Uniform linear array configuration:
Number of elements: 4
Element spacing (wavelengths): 0.75
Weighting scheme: binomial
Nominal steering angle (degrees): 30
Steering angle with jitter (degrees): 31.172
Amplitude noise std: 0.05
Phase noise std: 0.05

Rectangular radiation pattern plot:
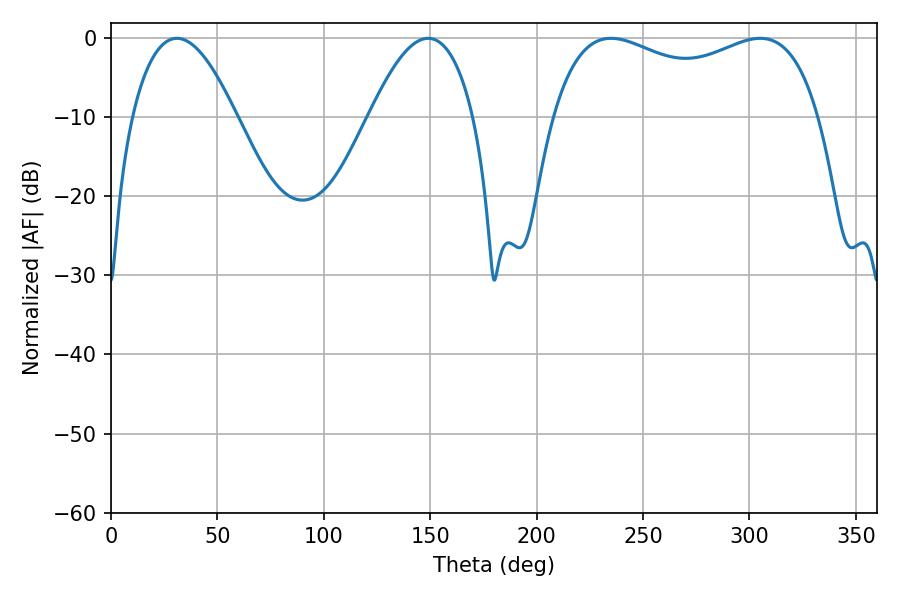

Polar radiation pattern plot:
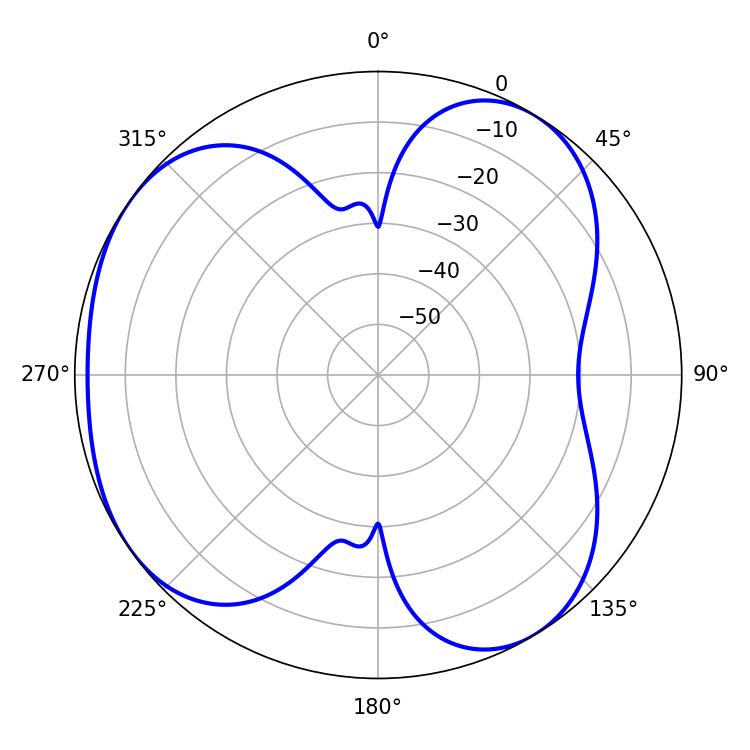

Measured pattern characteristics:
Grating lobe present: TRUE
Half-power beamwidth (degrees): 27
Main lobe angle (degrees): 30.96